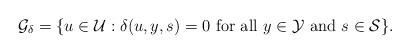
LaTeX: \begin{align*}\mathcal{G}_{\delta}=\{u\in\mathcal{U}: \delta(u,y,s)=0\mbox{ for all }y\in\mathcal{Y}\mbox{ and }s\in\mathcal{S}\}.\end{align*}